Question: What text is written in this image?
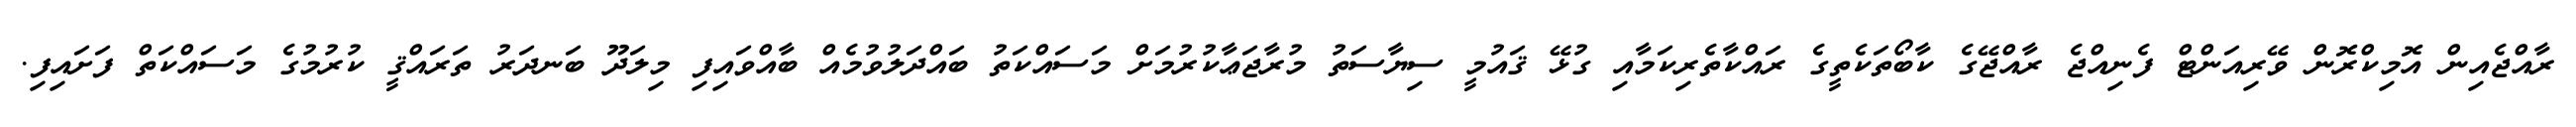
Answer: ރާއްޖެއިން އޮމިކްރޮން ވޭރިއަންޓް ފެނިއްޖެ ރާއްޖޭގެ ކާބޯތަކެތީގެ ރައްކާތެރިކަމާއި ގުޅޭ ޤައުމީ ސިޔާސަތު މުރާޖަޢާކުރުމަށް މަސައްކަތު ބައްދަލުވުމެއް ބާއްވައިފި މިލަދޫ ބަނދަރު ތަރައްޤީ ކުރުމުގެ މަސައްކަތް ފަށައިފި.